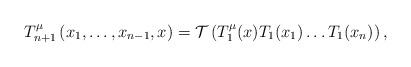
LaTeX: \begin{align*}T_{n+1}^\mu \left( x_1,\ldots ,x_{n-1},x\right) ={\cal T}\left( T_1^\mu(x)T_1(x_1)\ldots T_1(x_n)\right) ,\end{align*}